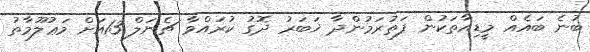
ބުނެ ބައެއް މީޑިއާތަކުން ފަތުރަމުންދާ ޚަބަރު ދޮގު ކުރައްވާ ޗެނަލް 13އަށް މަޢުލޫމާތު